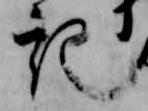
記